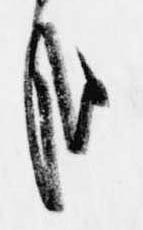
哉